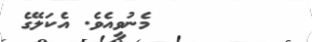
٧٤        މެނުވީއެވެ. އެކަލޭގެ